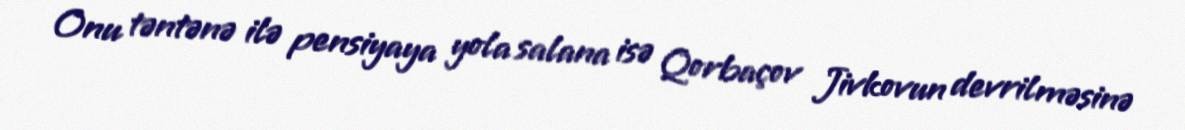
Onu təntənə ilə pensiyaya yola salana isə Qorbaçov Jivkovun devrilməsinə